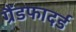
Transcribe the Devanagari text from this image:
ग्रैंडफादर्ड